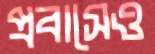
প্রবাসেও